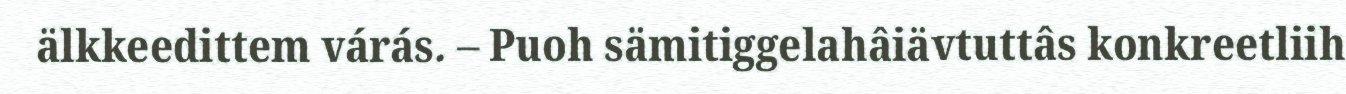
älkkeedittem várás. – Puoh sämitiggelahâiävtuttâs konkreetliih